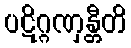
ပဋိဂ္ဂဏှန္တီတိ